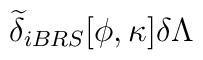
\widetilde{\delta }_{iBRS}[\phi ,\kappa ]\delta \Lambda \protect